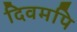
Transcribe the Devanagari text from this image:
दिवमपि